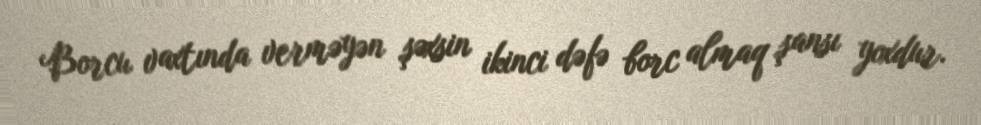
Borcu vaxtında verməyən şəxsin ikinci dəfə borc almaq şansı yoxdur.